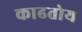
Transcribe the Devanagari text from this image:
काढतोय